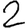
Digit: 2